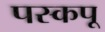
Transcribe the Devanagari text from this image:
पस्कपू